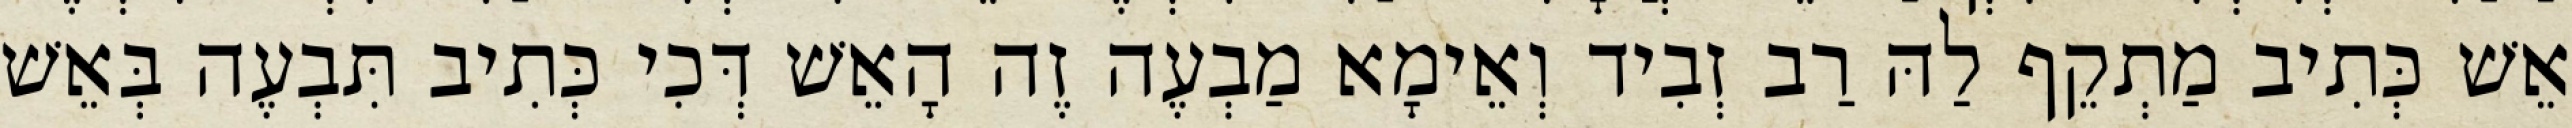
אֵשׁ כְּתִיב מַתְקֵף לַהּ רַב זְבִיד וְאֵימָא מַבְעֶה זֶה הָאֵשׁ דְּכִי כְּתִיב תִּבְעֶה בְּאֵשׁ